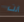
انت